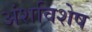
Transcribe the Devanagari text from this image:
अंशविशेष